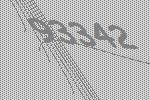
93342